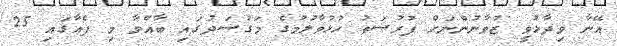
އޭނާ ވިދާޅުވީ ޒުވާނުންނަށް ފުރުސަތު ހުޅުވާލުމުގެ މަގުސަދުގައި ބާއްވާ މި ފެއާގައި 25